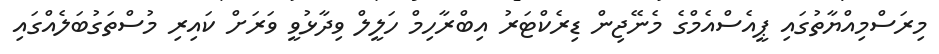
މިރަސްމިއްޔާތުގައި ޕީއެސްއެމްގެ މެނޭޖިން ޑިރެކްޓަރު އިބްރާހިމް ހަލީލް ވިދާޅުވީ ވަރަށް ކައިރި މުސްތަގުބަލެއްގައި